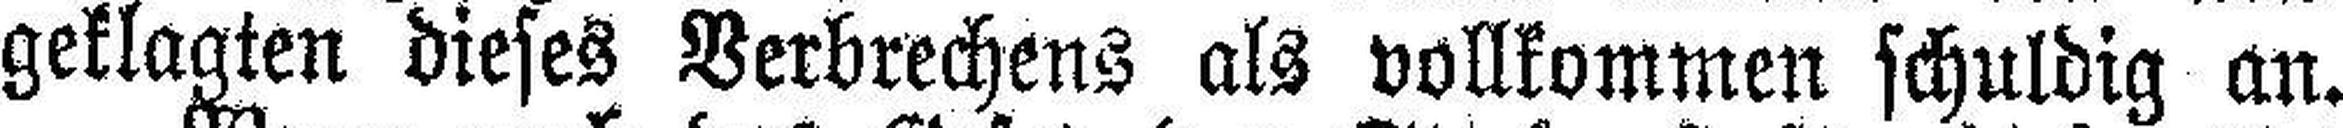
geklagten dieses Verbrechens als vollkommen schuldig an.